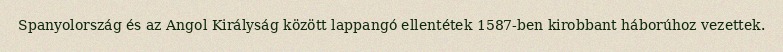
Spanyolország és az Angol Királyság között lappangó ellentétek 1587-ben kirobbant háborúhoz vezettek.